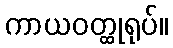
ကာယဝတ္ထုရုပ်။